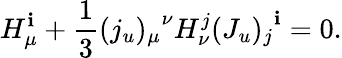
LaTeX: H_{\mu}^{\mathbf{i}}+{\frac{{1}}{{3}}}{(j_{u})_{\mu}}^{\nu}H_{\nu}^{j}{(J_{u})_{j}}^{\mathbf{i}}=0.